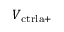
V _ { \mathrm { c t r l a + } }